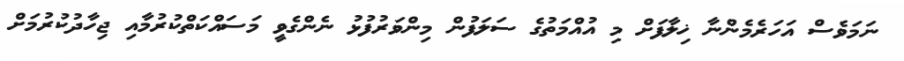
ނަމަވެސް އަހަރެމެންނާ ޚިލާފަށް މި އުއްމަތުގެ ސަލަފުން މިންވަރުފުޅު ނެންގެވީ މަސައްކަތްކުރުމާއި ޖިހާދުކުރުމަށް